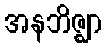
အနဘိဇ္ဈာ